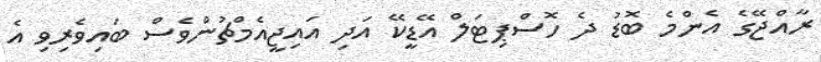
ރާއްޖޭގެ އެންމެ ބޮޑު ދެ ހޮސްޕިޓަލް އޭޑީކޭ އަދި އައިޖީއެމްޗުންވެސް ބައިވެރިވި އެ